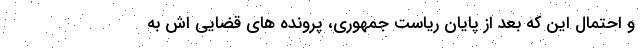
و احتمال این که بعد از پایان ریاست جمهوری، پرونده های قضایی اش به